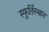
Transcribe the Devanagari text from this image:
स्फुर्तिस्थान